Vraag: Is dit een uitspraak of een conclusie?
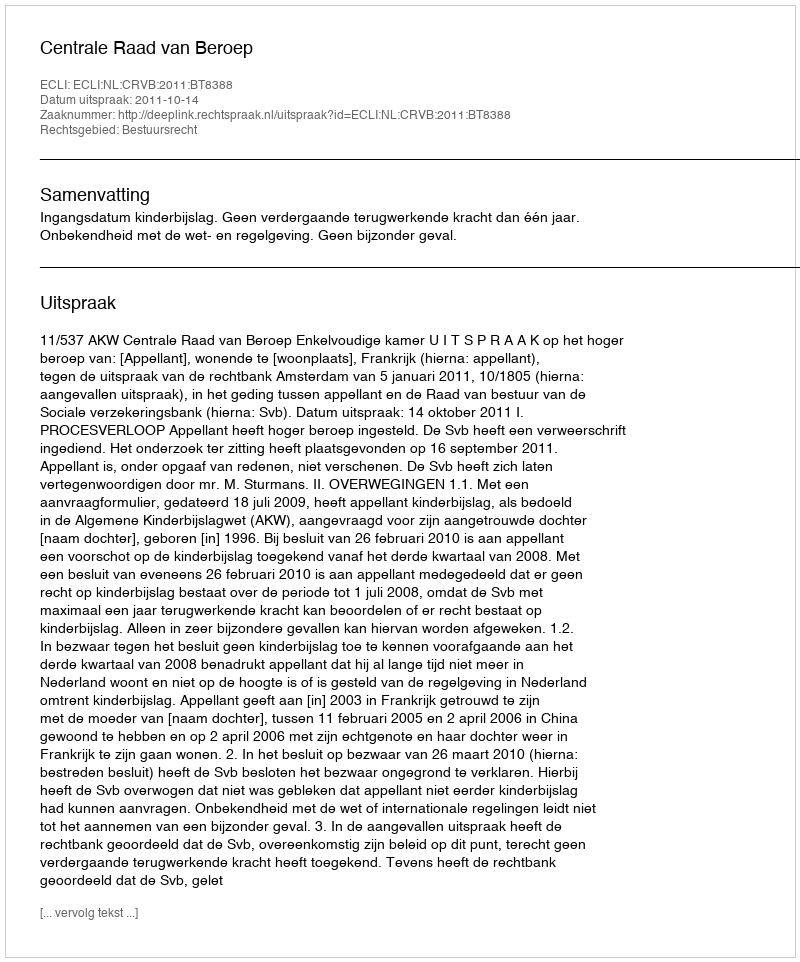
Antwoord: Uitspraak